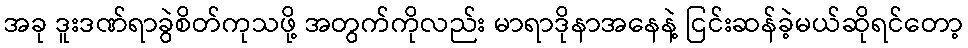
အခု ဒူးဒဏ်ရာခွဲစိတ်ကုသဖို့ အတွက်ကိုလည်း မာရာဒိုနာအနေနဲ့ ငြင်းဆန်ခဲ့မယ်ဆိုရင်တော့